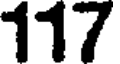
117